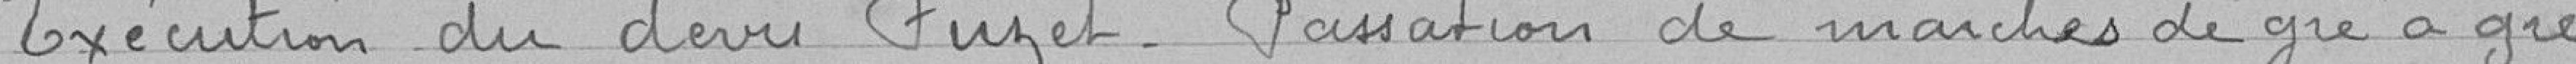
Exécution du devis Fuzet - Passation de marchés de gré à gré.